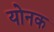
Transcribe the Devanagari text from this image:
योनक